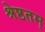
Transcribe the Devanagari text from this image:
श्रेष्ठतम्